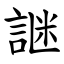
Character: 䛧